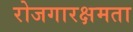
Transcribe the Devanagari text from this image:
रोजगारक्षमता